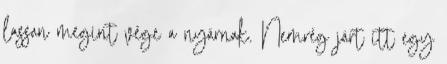
lassan megint vége a nyárnak. Nemrég járt itt egy